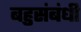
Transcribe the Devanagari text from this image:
बहुसंबंधी